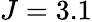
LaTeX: J=3.1